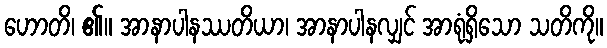
ဟောတိ၊ ၏။ အာနာပါနဿတိယာ၊ အာနာပါနလျှင် အာရုံရှိသော သတိကို။